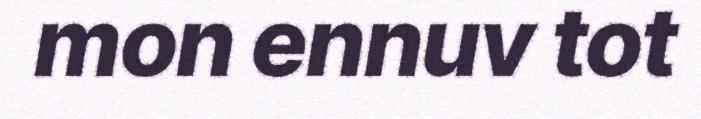
mon ennuv tot